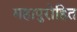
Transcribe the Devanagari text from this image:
महापुरोहित